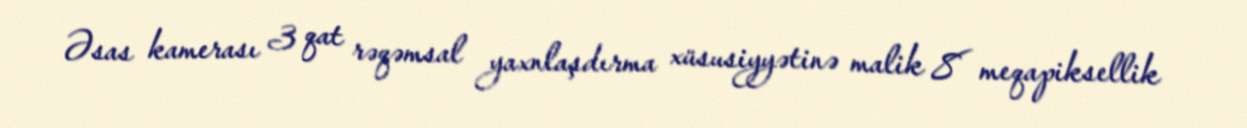
Əsas kamerası 3 qat rəqəmsal yaxnlaşdırma xüsusiyyətinə malik 8 meqapiksellik